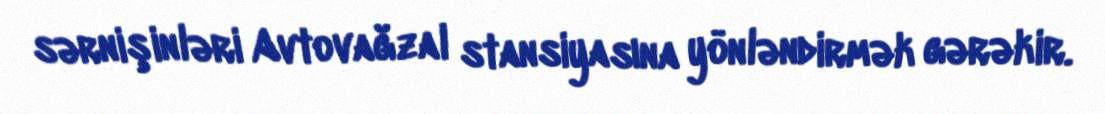
sərnişinləri Avtovağzal stansiyasına yönləndirmək gərəkir.